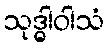
သုဒ္ဓါဝါသံ